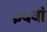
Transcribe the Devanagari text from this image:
३५वां